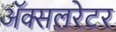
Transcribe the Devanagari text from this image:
ॲक्सलरेटर